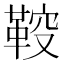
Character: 𲊞